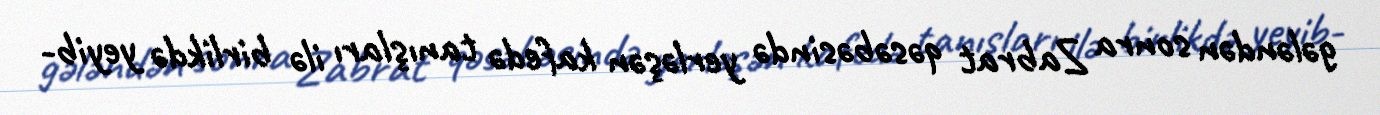
gələndən sonra Zabrat qəsəbəsində yerləşən kafedə tanışları ilə birlikdə yeyib-